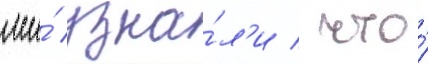
мы́ узна́л'и / что́